Reports on dispensaries and lunatic asylums in the Province of Oudh - 1869-1876
Year: 1869
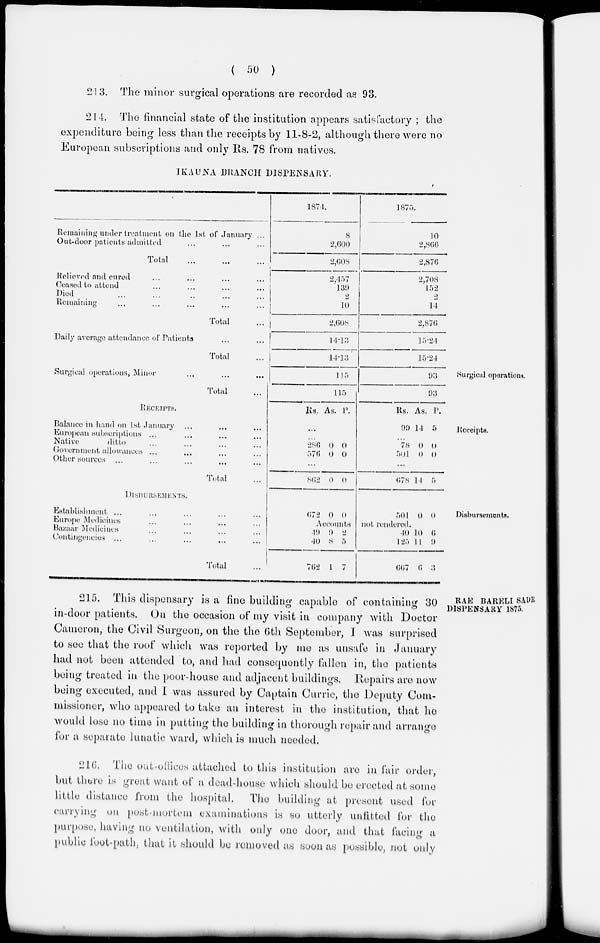
( 50 )
213. The minor surgical operations are recorded as 93.
214. The financial state of the institution appears satisfactory ; the
expenditure being less than the receipts by 11-8-2, although there were no
European subscriptions and only Rs. 78 from natives.
IKAUNA BRANCH DISPENSARY.
Remaining under treatment on the 1st of January ...
Out-door patients admitted ... ... ...
Total ... ... ...
1874.
8
2,600
2,608
1875.
10
2,866
2,876
Relieved and cured ... ... ... ...
Ceased to attend ... ... ... ...
Died ... ... ... ... ...
Remaining ... ... ... ... ...
Total ...
2,457
139
2
10
2,608
2,708
152
2
14
2,876
Daily average attendance of Patients
... ...
Total
14.13
14.13
15.24
15.24
Surgical operations.
Surgical operations, Minor ... ...
Total
115
115
93
93
Receipts.
RECEIPTS.
Balance in hand on 1st January ... ... ...
European subscriptions ... ... ... ...
Native
ditto ... ... ... ...
Government allowances ... ... ... ...
Other sources ...
... ... ...
Total ...
Rs. As. P.
...
...
286
576
0
0
0
0
...
862 0 0
Rs.
99
As.
14
P.
5
...
78
501
0
0
0
0
...
678 14 5
Disbursements.
DISBURSEMENTS.
Establishment ... ... ... ... ...
Europe Medicines ... ... ... ...
Bazaar Medicines ... ... ... ...
Contingencies ... ... ... ... ...
Total ...
672 0
0
501 0 0
Accounts not rendered.
49
40
762
9
8
1
2
5
7
40
125
667
10
11
6
6
9
3
RAE BARELI SADR
DISPENSARY 1875.
215. This dispensary is a fine building capable of containing 30
in-door patients. On the occasion of my visit in company with Doctor
Cameron, the Civil Surgeon, on the the 6th September, I was surprised
to see that the roof which was reported by me as unsafe in January
had not been attended to, and had consequently fallen in, the patients
being treated in the poor-house and adjacent buildings. Repairs are now
being executed, and I was assured by Captain Currie, the Deputy Com-
missioner, who appeared to take an interest in the institution, that he
would lose no time in putting the building in thorough repair and arrange
for a separate lunatic ward, which is much needed.
216. The out-offices attached to this institution are in fair order,
but there is great want of a dead-house which should be erected at some
little distance from the hospital.
The building at present used for
carrying on post-mortem examinations is so utterly unfitted for the
purpose, having no ventilation, with only one door, and that facing a
public foot-path, that it should be removed as soon as possible, not only